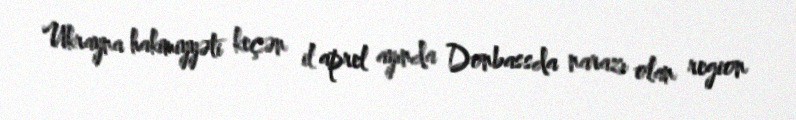
Ukrayna hakimiyyəti keçən il aprel ayında Donbassda narazı olan region